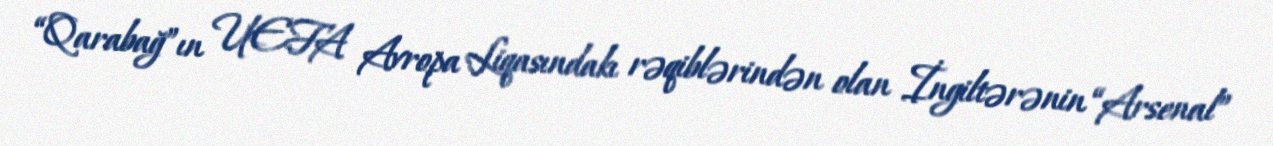
“Qarabağ”ın UEFA Avropa Liqasındakı rəqiblərindən olan İngiltərənin “Arsenal”